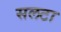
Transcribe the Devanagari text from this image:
सलटा